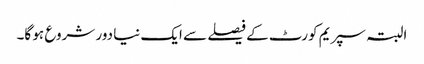
البتہ سپریم کورٹ کے فیصلے سے ایک نیا دور شروع ہو گا۔